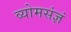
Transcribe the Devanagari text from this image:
व्योमसंज्ञं